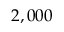
2 , 0 0 0